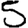
Digit: 5